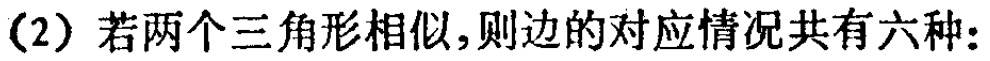
（2）若两个三角形相似，则边的对应情况共有六种：